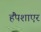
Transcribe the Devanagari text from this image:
हैंपशाएर